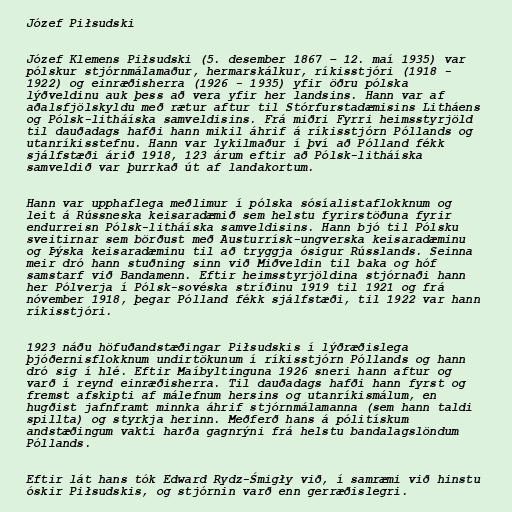
Józef Piłsudski

Józef Klemens Piłsudski (5. desember 1867 – 12. maí 1935) var
pólskur stjórnmálamaður, hermarskálkur, ríkisstjóri (1918 -
1922) og einræðisherra (1926 - 1935) yfir öðru pólska
lýðveldinu auk þess að vera yfir her landsins. Hann var af
aðalsfjölskyldu með rætur aftur til Stórfurstadæmisins Litháens
og Pólsk-litháíska samveldisins. Frá miðri Fyrri heimsstyrjöld
til dauðadags hafði hann mikil áhrif á ríkisstjórn Póllands og
utanríkisstefnu. Hann var lykilmaður í því að Pólland fékk
sjálfstæði árið 1918, 123 árum eftir að Pólsk-litháíska
samveldið var þurrkað út af landakortum.

Hann var upphaflega meðlimur í pólska sósíalistaflokknum og
leit á Rússneska keisaradæmið sem helstu fyrirstöðuna fyrir
endurreisn Pólsk-litháíska samveldisins. Hann bjó til Pólsku
sveitirnar sem börðust með Austurrísk-ungverska keisaradæminu
og Þýska keisaradæminu til að tryggja ósigur Rússlands. Seinna
meir dró hann stuðning sinn við Miðveldin til baka og hóf
samstarf við Bandamenn. Eftir heimsstyrjöldina stjórnaði hann
her Pólverja í Pólsk-sovéska stríðinu 1919 til 1921 og frá
nóvember 1918, þegar Pólland fékk sjálfstæði, til 1922 var hann
ríkisstjóri.

1923 náðu höfuðandstæðingar Piłsudskis í lýðræðislega
þjóðernisflokknum undirtökunum í ríkisstjórn Póllands og hann
dró sig í hlé. Eftir Maíbyltinguna 1926 sneri hann aftur og
varð í reynd einræðisherra. Til dauðadags hafði hann fyrst og
fremst afskipti af málefnum hersins og utanríkismálum, en
hugðist jafnframt minnka áhrif stjórnmálamanna (sem hann taldi
spillta) og styrkja herinn. Meðferð hans á pólitískum
andstæðingum vakti harða gagnrýni frá helstu bandalagslöndum
Póllands.

Eftir lát hans tók Edward Rydz-Śmigły við, í samræmi við hinstu
óskir Piłsudskis, og stjórnin varð enn gerræðislegri.